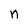
Character: n